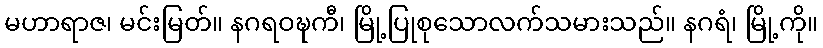
မဟာရာဇ၊ မင်းမြတ်။ နဂရဝဍ္ဎကီ၊ မြို့ပြုစုသောလက်သမားသည်။ နဂရံ၊ မြို့ကို။